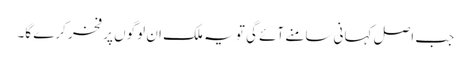
جب اصل کہانی سامنے آئے گی تو یہ ملک ان لوگوں پر فخر کرے گا۔